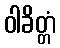
ဝါခိတ္တံ